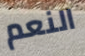
النعم